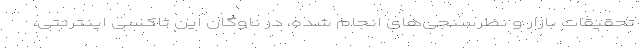
تحقیقات بازار و نظرسنجی‌های انجام شده، در ناوگان این تاکسی اینترنتی،